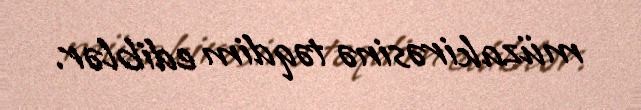
müzakirəsinə təqdim ediblər.